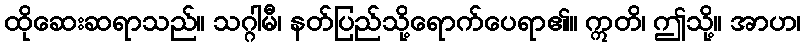
ထိုဆေးဆရာသည်။ သဂ္ဂါမီ၊ နတ်ပြည်သို့ရောက်ပေရာ၏။ ဣတိ၊ ဤသို့။ အာဟ၊